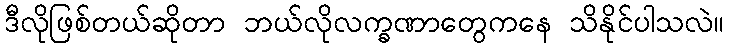
ဒီလိုဖြစ်တယ်ဆိုတာ ဘယ်လိုလက္ခဏာတွေကနေ သိနိုင်ပါသလဲ။